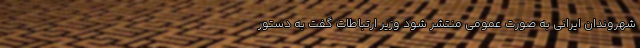
شهروندان ایرانی به صورت عمومی منتشر شود وزیر ارتباطات گفت به دستور